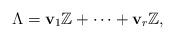
LaTeX: \begin{align*}\Lambda=\mathbf{v}_1\mathbb{Z}+\dots+\mathbf{v}_r\mathbb{Z},\end{align*}